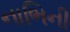
નાભિની